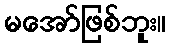
မအော်ဖြစ်ဘူး။